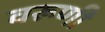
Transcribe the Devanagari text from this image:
वरूणी